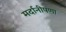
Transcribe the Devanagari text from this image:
मर्दानीपणा